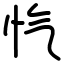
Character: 忾